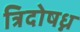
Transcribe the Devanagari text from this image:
त्रिदोषध्न